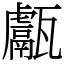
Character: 甗